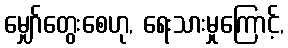
မျှော်တွေးစေဟု, ရေးသားမှုကြောင့်,